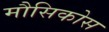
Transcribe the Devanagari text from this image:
मौसिकोस